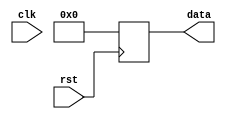
module reset_module (
    input wire clk,
    input wire rst,
    output reg [7:0] data
);

always @ (negedge rst) begin
    // Reset internal state variables
    data <= 8'b0;
end

endmodule